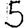
Digit: 5